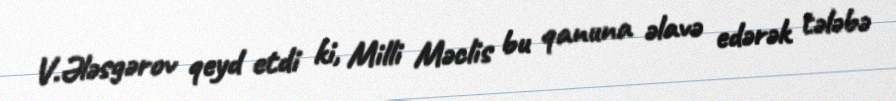
V.Ələsgərov qeyd etdi ki, Milli Məclis bu qanuna əlavə edərək tələbə